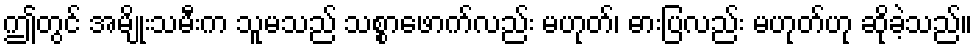
ဤတွင် အမျိုးသမီးက သူမသည် သစ္စာဖောက်လည်း မဟုတ်၊ ဓားပြလည်း မဟုတ်ဟု ဆိုခဲ့သည်။